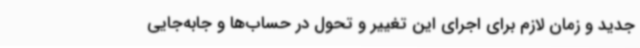
جدید و زمان لازم برای اجرای این تغییر و تحول در حساب‌ها و جابه‌جایی